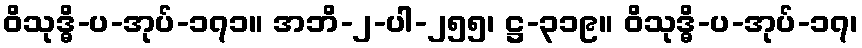
ဝိသုဒ္ဓိ-ပ-အုပ်-၁၇၁။ အဘိ-၂-ပါ-၂၅၅၊ ဋ္ဌ-၃၁၉။ ဝိသုဒ္ဓိ-ပ-အုပ်-၁၇၊